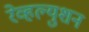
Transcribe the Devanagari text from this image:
रेव्हल्युशन